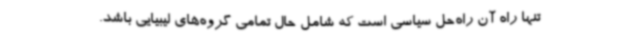
تنها راه آن راه‌حل سیاسی است که شامل حال تمامی گروه‌های لیبیایی باشد.